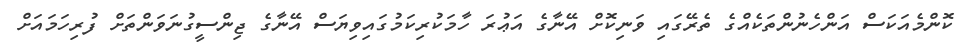
ކޮންމެއަކަސް އަންހެނުންތަކެއްގެ ތެރޭގައި ވަނިކޮށް އޭނާގެ އަޢުރަ ހާމަކުރިކަމުގައިވިޔަސް އޭނާގެ ޖިންސީގުނަވަންތަށް ފުރިހަމައަށް